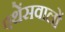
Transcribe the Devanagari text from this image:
एथेंसवालों